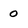
Character: 0